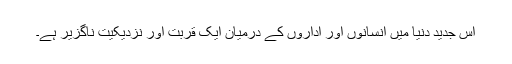
اس جدید دنیا میں انسانوں اور اداروں کے درمیان ایک قربت اور نزدیکیت ناگزیر ہے۔